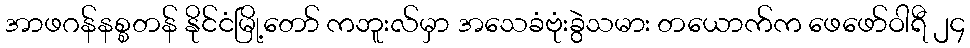
အာဖဂန်နစ္စတန် နိုင်ငံမြို့တော် ကဘူးလ်မှာ အသေခံဗုံးခွဲသမား တယောက်က ဖေဖော်ဝါရီ ၂၄